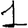
Digit: 1